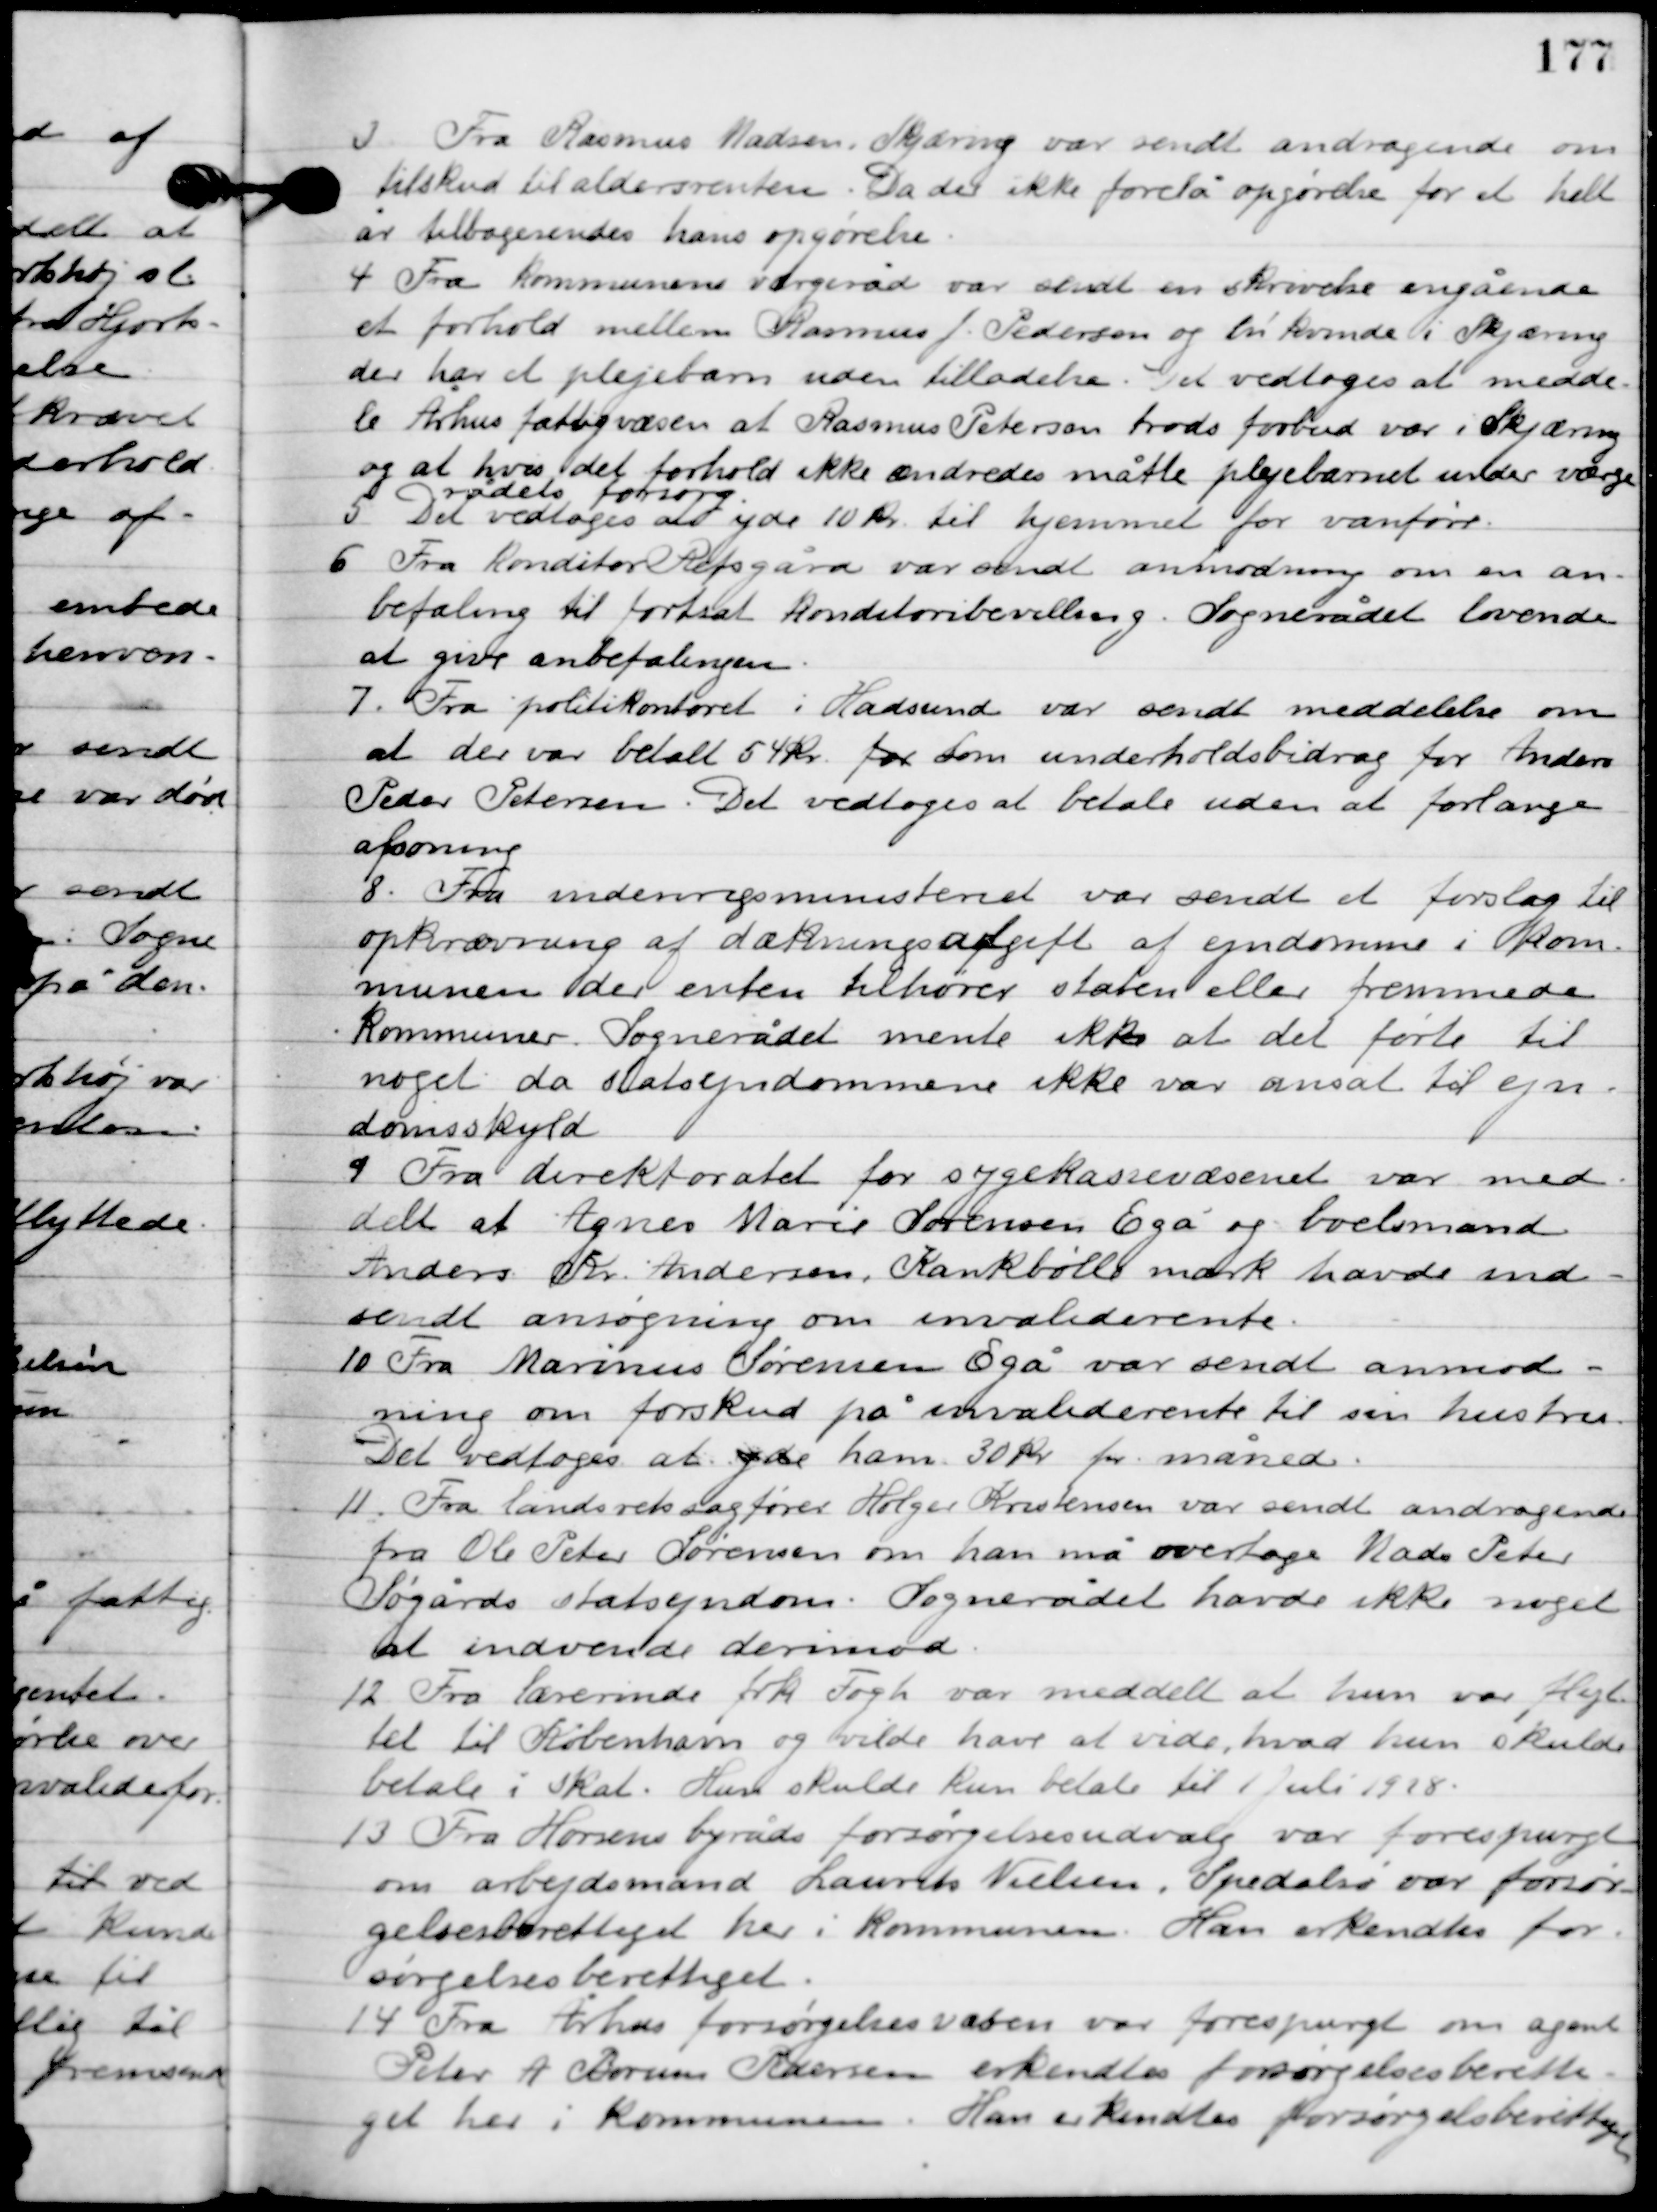
Transskription:
3

Fra Rasmus Madsen, Skjæring var sendt andragende om
tilskud til aldersrenten. Da der ikke forelå opgørelse for et helt
år tilbagesendes hans opgørelse.

4

Fra kommunens værgeråd var sendt en skrivelse angående
et forhold mellem Rasmus J. Pedersen og fri kvinde i Skjæring
der har et plejebarn uden tilladelse. Det vedtoges at med-
dele Århus fattigvæsen at Rasmus Pedersen trods forbud var i Skjæring
og at hvis det ikke forhold ændredes måtte plejebarnet under værge-
rådets forsorg.

5

Det vedtoges at yde 10 kr. til hjemmet for vanføre.

6

Fra konditor Refsgård var sendt anmodning om en an-
befaling til fortsat konditori bevilling. Sognerådet lovede
at give anbefalingen.

7

Fra politikontoret i Hadsund var sendt meddelelse om
at der var betalt 54 kr. som underholdsbidrag for Anders
Peder Petersen. Det vedtoges at betale uden at forlange
afsoning.

8

Fra indenrigsministeriet var sendt et forslag til
opkrævning af dækningsafgift af ejendomme i kom-
munen der enten tilhører staten eller fremmede
kommuner. Sognerådet mente ikke at det førte til
noget da statsejendommene ikke var ansat til ejen-
domsskyld.

9

Fra direktoratet for sygekassevæsenet var med-
delt at Agnes Marie Sørensen, Egå og boelsmand
Anders Kr. Andersen, Kankbølle mark havde ind-
sendt ansøgning om invalide rente.

10

Fra Marius Sørensen Egå var sendt anmod-
ning om forskud på invalide rente til sin hustru.
Det vedtoges at yde ham 30 kr. pr. måned.

11

Fra landsretssagfører Holger Kristensen var sendt andragende
fra Ole Peter Sørensen om han må overtage Mads Peter
Søgårds statsejendom. Sognerådet havde ikke noget
at indvende derimod.

12

Fra lærerinde frk. Fogh var meddelt at hun var flyt-
tet til København og vilde have at vide, hvad hun skulde
betale i skat. Hun skulde kun betale til 1. Juli 1928.

13

Fra Horsens byråds forsørgelsesudvalg var forespurgt
om arbejdsmand Laurits Nielsen, Spedalsø var forsør-
gelsesberettiget her i kommunen. Han erkendtes for-
sørgelsesberettiget.

14

Fra Århus forsørgelsesvæsen var forespurgt om agent
Peter A. Borum Randers erkendtes forsørgelsesberetti-
get her i kommunen. Han erkendtes forsørgelsesberettiget.